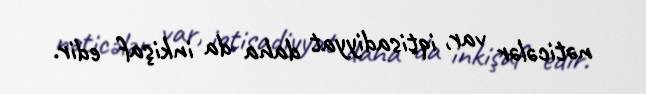
nəticələr var, iqtisadiyyat daha da inkişaf edir.